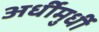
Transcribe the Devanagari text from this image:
अर्धीमुर्धी